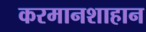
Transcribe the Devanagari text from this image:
करमानशाहान